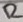
Text: R